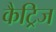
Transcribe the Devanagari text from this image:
कैट्रिज